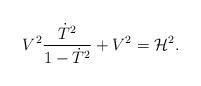
LaTeX: \begin{align*}V^2{\dot{T}^2 \over 1 - \dot{T}^2} + V^2 = {\cal H}^2. \end{align*}